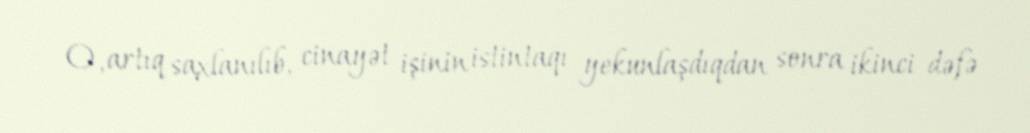
O, artıq saxlanılıb, cinayət işinin istintaqı yekunlaşdıqdan sonra ikinci dəfə